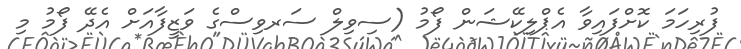
ފުރިހަމަ ކޮށްފައިވާ އެޕްލިކޭޝަން ފޯމު (ސިވިލް ސަރވިސްގެ ވަޒީފާއަށް އެދޭ ފޯމު މި